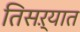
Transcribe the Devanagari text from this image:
तिसऱ्यात